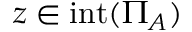
z \in \operatorname { i n t } ( \Pi _ { A } )